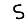
Digit: 5